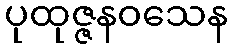
ပုထုဇ္ဇနဝသေန